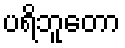
ပရိဘူတော